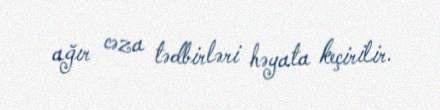
ağır cəza tədbirləri həyata keçirilir.